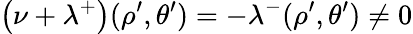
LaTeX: \left(\nu+\lambda^{+}\right)(\rho^{\prime},\theta^{\prime})=-\lambda^{-}(\rho^{\prime},\theta^{\prime})\neq 0